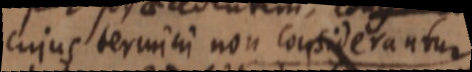
cujus termini non considerantur